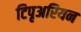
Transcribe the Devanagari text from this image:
टिपृअरियन